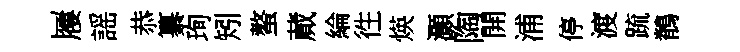
屨謡恭纂珣矧螯蕆綸徃煐灝陶開浦停渡䟽鶺